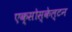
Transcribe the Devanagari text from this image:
एक्सोस्केल्टन